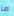
ما